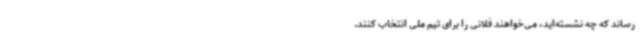
رساند که چه نشسته‌اید، می‌خواهند فلانی را برای تیم ملی انتخاب کنند.